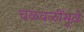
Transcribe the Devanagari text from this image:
चळवळींमुळे